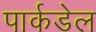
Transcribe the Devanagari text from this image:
पार्कडेल